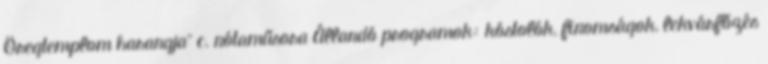
Öregtemplom harangja” c. nótaműsora Állandó programok: kóstolók, finomságok, lekvárfőzés